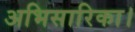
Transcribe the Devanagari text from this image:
अभिसारिका।